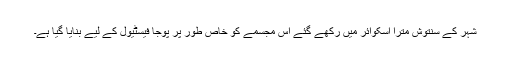
شہر کے سنتوش مترا اسکوائر میں رکھے گئے اس مجسمے کو خاص طور پر پوجا فیسٹیول کے لیے بنایا گيا ہے۔